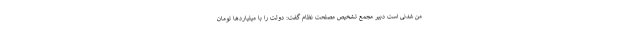
من شدنی است دبیر مجمع تشخیص مصلحت نظام گفت: دولت را با میلیاردها تومان